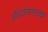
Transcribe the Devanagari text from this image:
अधिजीवनाश्यक